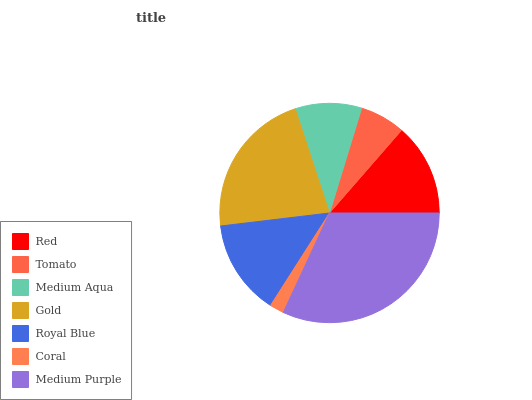
| Red | Tomato | Medium Aqua | Gold | Royal Blue | Coral | Medium Purple |
 | --- | --- | --- | --- | --- | --- | --- |
 | 13.6% | 6.67% | 9.78% | 21.8% | 14.1% | 2.12% | 32% |